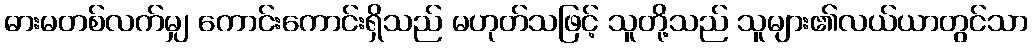
ဓားမတစ်လက်မျှ ကောင်းကောင်းရှိသည် မဟုတ်သဖြင့် သူတို့သည် သူများ၏လယ်ယာတွင်သာ